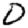
Digit: 0